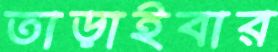
তাড়াইবার